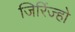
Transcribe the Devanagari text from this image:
जिरिंज्हो